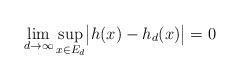
LaTeX: \begin{align*}\lim_{d\to\infty} \sup_{x \in E_d} \bigl|h(x) - h_d(x)\bigr| =0\end{align*}